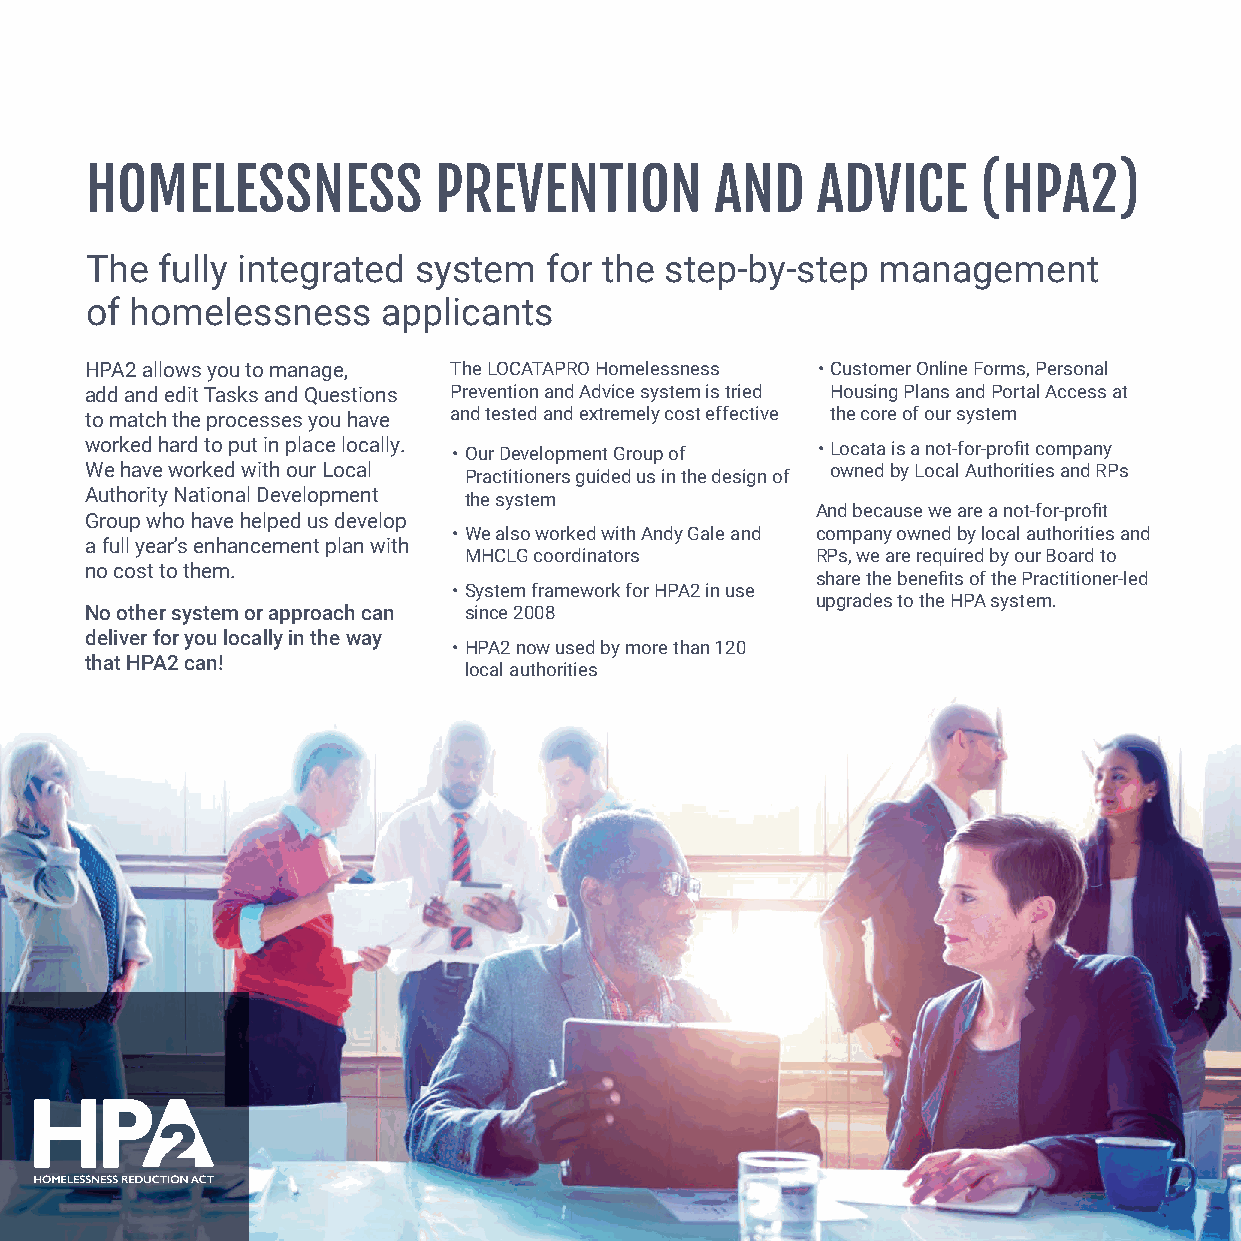
HOMELESSNESS           PREVENTION        AND    ADVICE     (HPA2)
 The fully integrated system   for the step-by-step  management
 of homelessness    applicants
 HPA2 allows you to manage, The LOCATAPRO Homelessness • Customer Online Forms, Personal
 add and edit Tasks and Questions Prevention and Advice system is tried Housing Plans and Portal Access at
 to match the processes you have and tested and extremely cost effective the core of our system
 worked hard to put in place locally. • Our Development Group of • Locata is a not-for-profit company
 We have worked with our Local Practitioners guided us in the design of owned by Local Authorities and RPs
 Authority National Development the system
 And because we are a not-for-profit
 Group who have helped us develop
 • We also worked with Andy Gale and company owned by local authorities and
 a full year’s enhancement plan with
 MHCLG coordinators     RPs, we are required by our Board to
 no cost to them.
 share the benefits of the Practitioner-led
 • System framework for HPA2 in use
 upgrades to the HPA system.
 No other system or approach can since 2008
 deliver for you locally in the way
 • HPA2 now used by more than 120
 that HPA2 can!
 local authorities